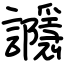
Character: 讔